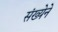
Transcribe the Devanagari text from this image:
संख्‍येने